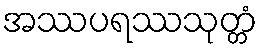
အဿပရဿသုတ္တံ